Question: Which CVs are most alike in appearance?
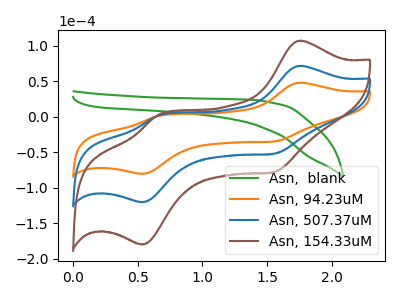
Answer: <think>The green curve "Asn,  blank" has no peaks. The orange curve "Asn, 94.23uM" has anodic peaks at (1.75V, 47.80uA) (0.65V, 1.05uA) and cathodic peaks at (1.55V, -34.75uA) (0.55V, -80.35uA). The blue curve "Asn, 507.37uM" has anodic peaks at (1.75V, 71.50uA) (0.65V, 1.55uA) and cathodic peaks at (1.55V, -51.95uA) (0.55V, -120.15uA). The brown curve "Asn, 154.33uM" has anodic peaks at (1.75V, 142.95uA) (0.65V, 3.05uA) and cathodic peaks at (1.55V, -103.95uA) (0.55V, -240.30uA).
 "Asn,  blank" and "Asn, 94.23uM" have a different number of peaks. "Asn,  blank" and "Asn, 507.37uM" have a different number of peaks. "Asn,  blank" and "Asn, 154.33uM" have a different number of peaks. All the peaks in "Asn, 94.23uM" have a peak in "Asn, 507.37uM" at the same potential. Every peak in "Asn, 94.23uM" is lower than every peak in "Asn, 507.37uM". All the peaks in "Asn, 94.23uM" have a peak in "Asn, 154.33uM" at the same potential. Every peak in "Asn, 94.23uM" is lower than every peak in "Asn, 154.33uM". All the peaks in "Asn, 507.37uM" have a peak in "Asn, 154.33uM" at the same potential. Every peak in "Asn, 507.37uM" is lower than every peak in "Asn, 154.33uM".</think>
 <answer>"Asn, 94.23uM", "Asn, 507.37uM" and "Asn, 154.33uM" have the same shape and are likely CV's of the same chemical.</answer>
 <eval>"Asn, 94.23uM" "Asn, 507.37uM" "Asn, 154.33uM"</eval>